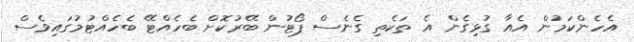
އެހެންކަމުން އެއާ ގުޅިގެން އެ ތަކެތި ގެނެސް ޕޯޓުން ބޭރުކޮށް ބެހެއްޓޭ ބެހެއްޓުމުގައިވެސް